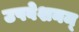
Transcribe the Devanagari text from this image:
उपवेशनम्